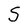
Character: S